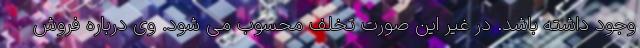
وجود داشته باشد. در غیر این صورت تخلف محسوب می شود. وی درباره فروش